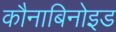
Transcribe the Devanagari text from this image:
कौनाबिनोइड